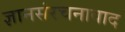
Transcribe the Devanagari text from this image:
ज्ञानसंरचनावाद